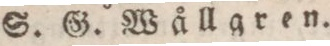
S. G. Wållgren.